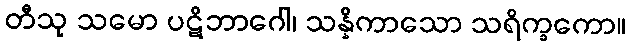
တီသု သမော ပဋိဘာဂေါ၊ သန္နိကာသော သရိက္ခကော။